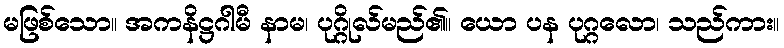
မဖြစ်သော။ အကနိဋ္ဌဂါမီ နာမ၊ ပုဂ္ဂိုလ်မည်၏။ ယော ပန ပုဂ္ဂလော၊ သည်ကား။